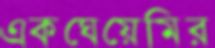
একঘেয়েমির